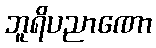
ဘူရိပညာဏော